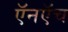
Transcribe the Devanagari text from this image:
ऍनऍच